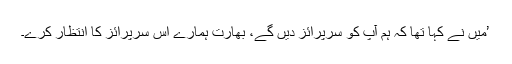
’میں نے کہا تھا کہ ہم آپ کو سرپرائز دیں گے، بھارت ہمارے اس سرپرائز کا انتظار کرے۔